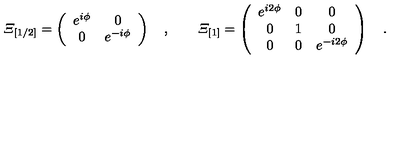
{ \mit \Xi } _ { [ 1 / 2 ] } = \left( \begin{array} { c c } { e ^ { i \phi } } & { 0 } \\ { 0 } & { e ^ { - i \phi } } \\ \end{array} \right) \quad , \qquad { \mit \Xi } _ { [ 1 ] } = \left( \begin{array} { c c c } { e ^ { i 2 \phi } } & { 0 } & { 0 } \\ { 0 } & { 1 } & { 0 } \\ { 0 } & { 0 } & { e ^ { - i 2 \phi } } \\ \end{array} \right) \quad .